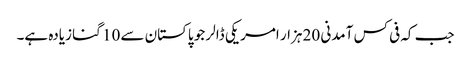
جب کہ فی کس آمدنی 20 ہزار امریکی ڈالر جو پاکستان سے 10 گنا زیادہ ہے۔